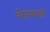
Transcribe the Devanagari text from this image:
मे़जबानी